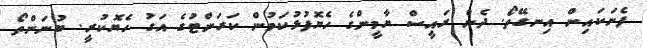
ފެނަކައިން އިނގޭތޯ. ދެން ރައީސް ޔާމީންގެ ހެޔޮފުޅުކަމުން ކަރަންޓުގެ އަގު ހެޔޮކުރީ. ބުނަންތޯ